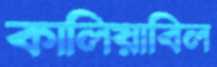
কালিয়াবিল